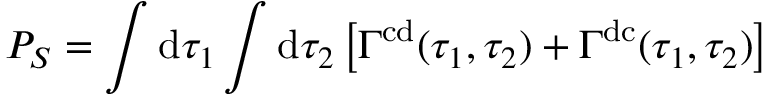
P _ { S } = \int \mathrm { d } \tau _ { 1 } \int \mathrm { d } \tau _ { 2 } \left[ \Gamma ^ { \mathrm { c d } } ( \tau _ { 1 } , \tau _ { 2 } ) + \Gamma ^ { \mathrm { d c } } ( \tau _ { 1 } , \tau _ { 2 } ) \right]